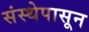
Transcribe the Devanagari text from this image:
संस्थेपासून